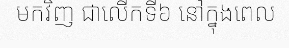
មកវិញ ជាលើកទី៦ នៅក្នុងពេល